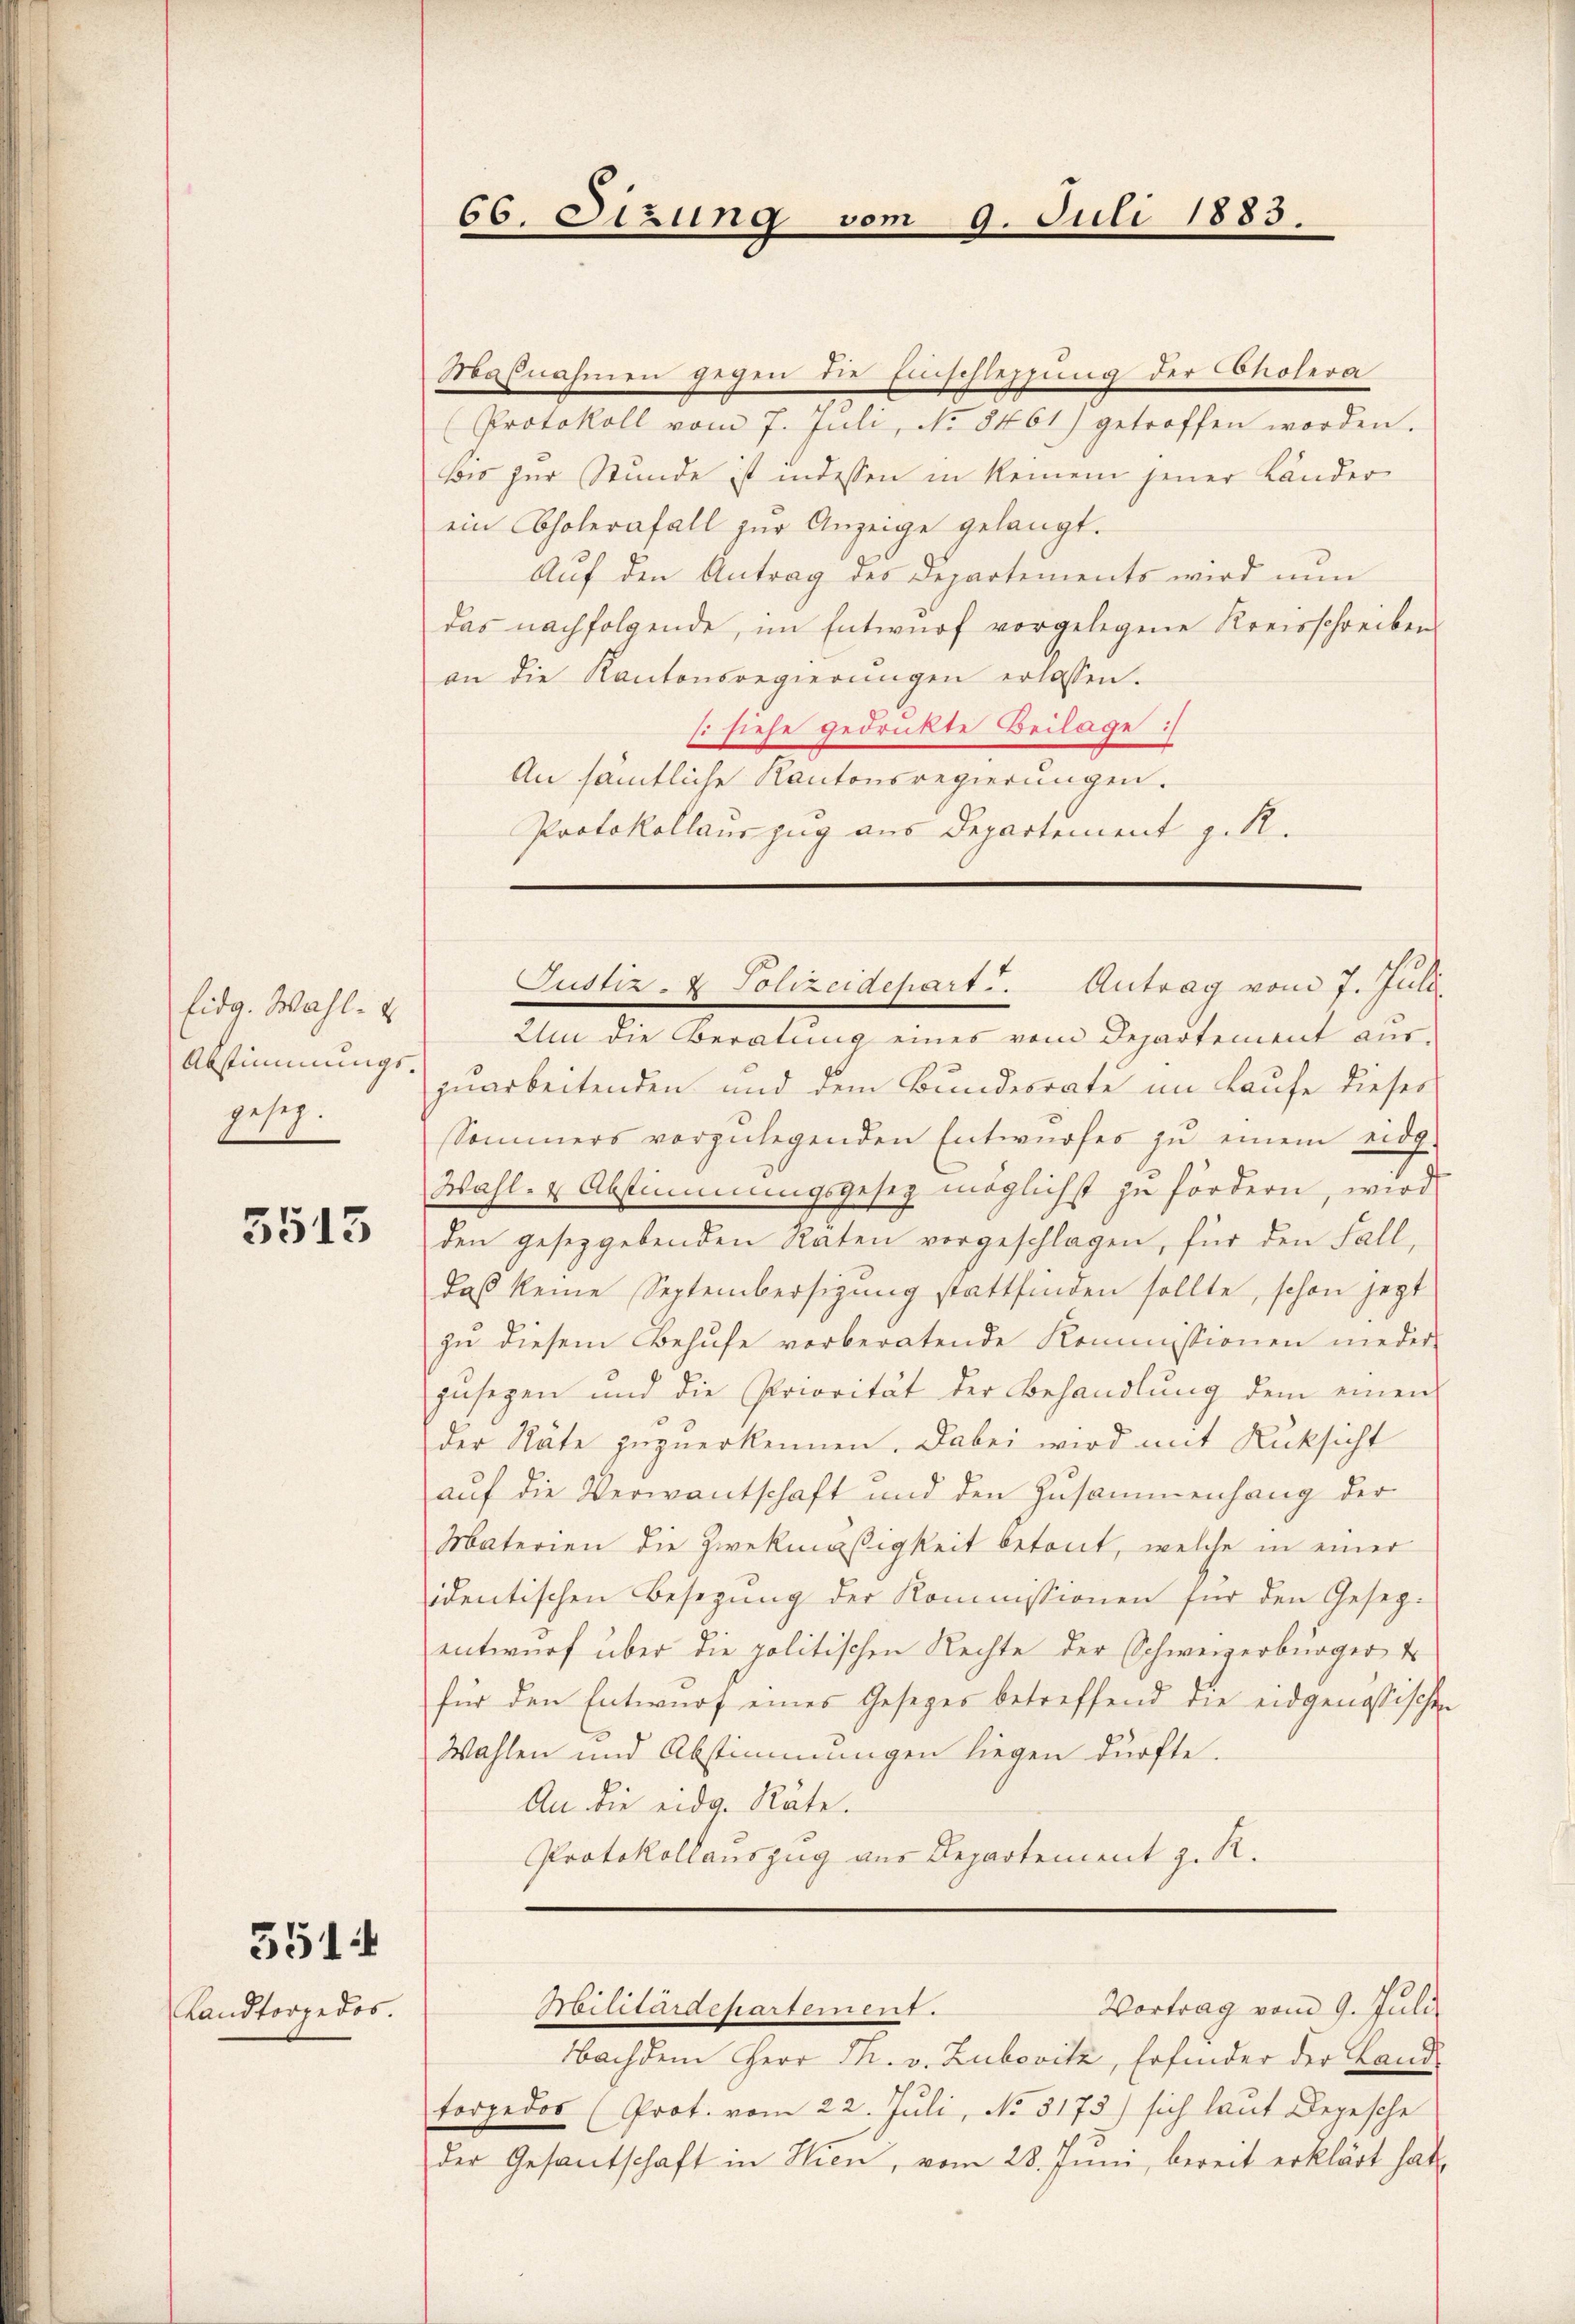
Eidg. Wahl.
Abstimmungs¬
E.

5513

5514

Landtorpedos.

Masnahmen gegen die Einschlessung der Cholera
Protokoll vom 7. Jŭli, No 8461) getroffen worden.
Bis zur Stunde ist indessen in keinem jener Lander
ein Cholerafall zŭr Anzeige gelangt.
Auf den Antrag des Departements wird nun
das nachfolgende, im Entwurf vorgelegene Kreisschreiben
an die Kantonsregierŭngen erlassen.
si siehe gedrukte Beilage :/
An sämtliche Kantonsregierungen.
Protokollauszug aus Departement z. R.

Um die Beratung eines vom Departement aus-
zuarbeitenden und dem Bundesrate im Laufe dieser
Sommers vorzŭlegenden Entwŭrfes zŭ einem eidg.
Wahl- u Abstimmungsgesez möglichst zu fördern, wird
den gesetzgebenden Raten vorgeschlagen, für den Fall,
daß keine Septembersizung stattfinden sollte, schon jezt
zŭ diesem Behufe vorberatende Kommissionen nieder
gusegen und die Priorität der Behandlŭng dem einen
der Stäte zuzuerkennen. Dabei wird mit Rücksicht
auf die Verwantschaft und den Zusammenhang der
Materien die Zweckmäßigkeit betont, welche in einer
identischen Besetzung der Kommissionen für den Geseg-
entwurf über die politischen Rechte der Schweizerbürger d
für den Entwurf eines Gesezes betreffend die eidgenössischen
Wahlen und Abstimmungen liegen dürfte.
An die eidg. Räte.
Protokollauszug aus Departement z. R.

66. Sizung

9.

Justiz- & Polizeidepart. Antrag vom 7. Juli

Vortrag vom 9. Juli
Nachdem Herr Th. v. Zubovitz, Erfinder der Landtorpedos (Prot. vom 22. Juli, No 3173) sich laut Depesche
der Gesantschaft in Wien, vom 28. Juni, bereit erklärt hat

Militardchartement:

Juli 1883.